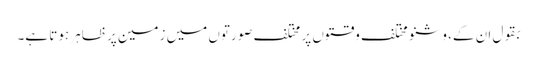
بقول ان کے، وشنو مختلف وقتوں پر مختلف صورتوں میں زمین پر ظاہر ہوتا ہے۔